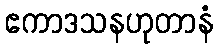
ဧကာဒသနဟုတာနံ